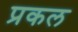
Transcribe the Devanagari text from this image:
प्रकल